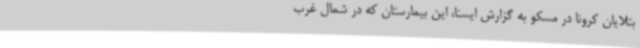
بتلایان کرونا در مسکو به گزارش ایسنا، این بیمارستان که در شمال غرب